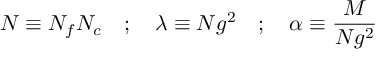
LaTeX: N \equiv N _ { f } N _ { c } \quad ; \quad \lambda \equiv N g ^ { 2 } \quad ; \quad \alpha \equiv { \frac { M } { N g ^ { 2 } } }